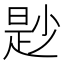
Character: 尟